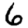
Digit: 6